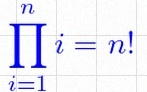
\prod_{i=1}^{n}i=n!